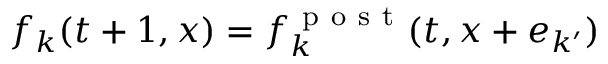
f _ { k } ( t + 1 , \boldsymbol { x } ) = f _ { k } ^ { \mathrm { ~ p ~ o ~ s ~ t ~ } } ( t , \boldsymbol { x } + \boldsymbol { e } _ { k ^ { \prime } } )